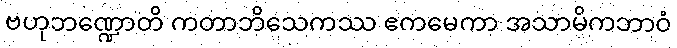
ဗဟုဘဏ္ဍောတိ ကတာဘိသေကဿ ဧကမေကာ အသာမိကဘာဝံ